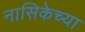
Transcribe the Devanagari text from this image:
नासिकेच्या